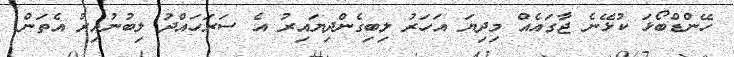
ހޭންޑްބޯޅަ ކުޅޭނެ ޖާގައެއް މިދިޔަ އަހަރު ލިބިގެންދިޔައިރު އެ ސަރަހައްދު ލިބުނުއިރު އެތަން